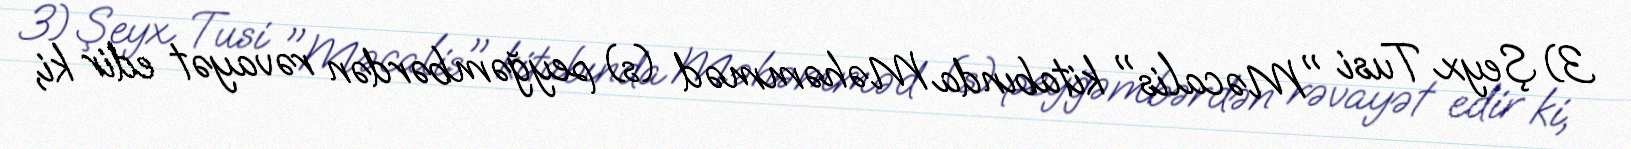
3) Şeyx Tusi "Məcalis" kitabında Məhəmməd (s) peyğəmbərdən rəvayət edir ki,